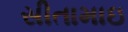
સીતામાઇ